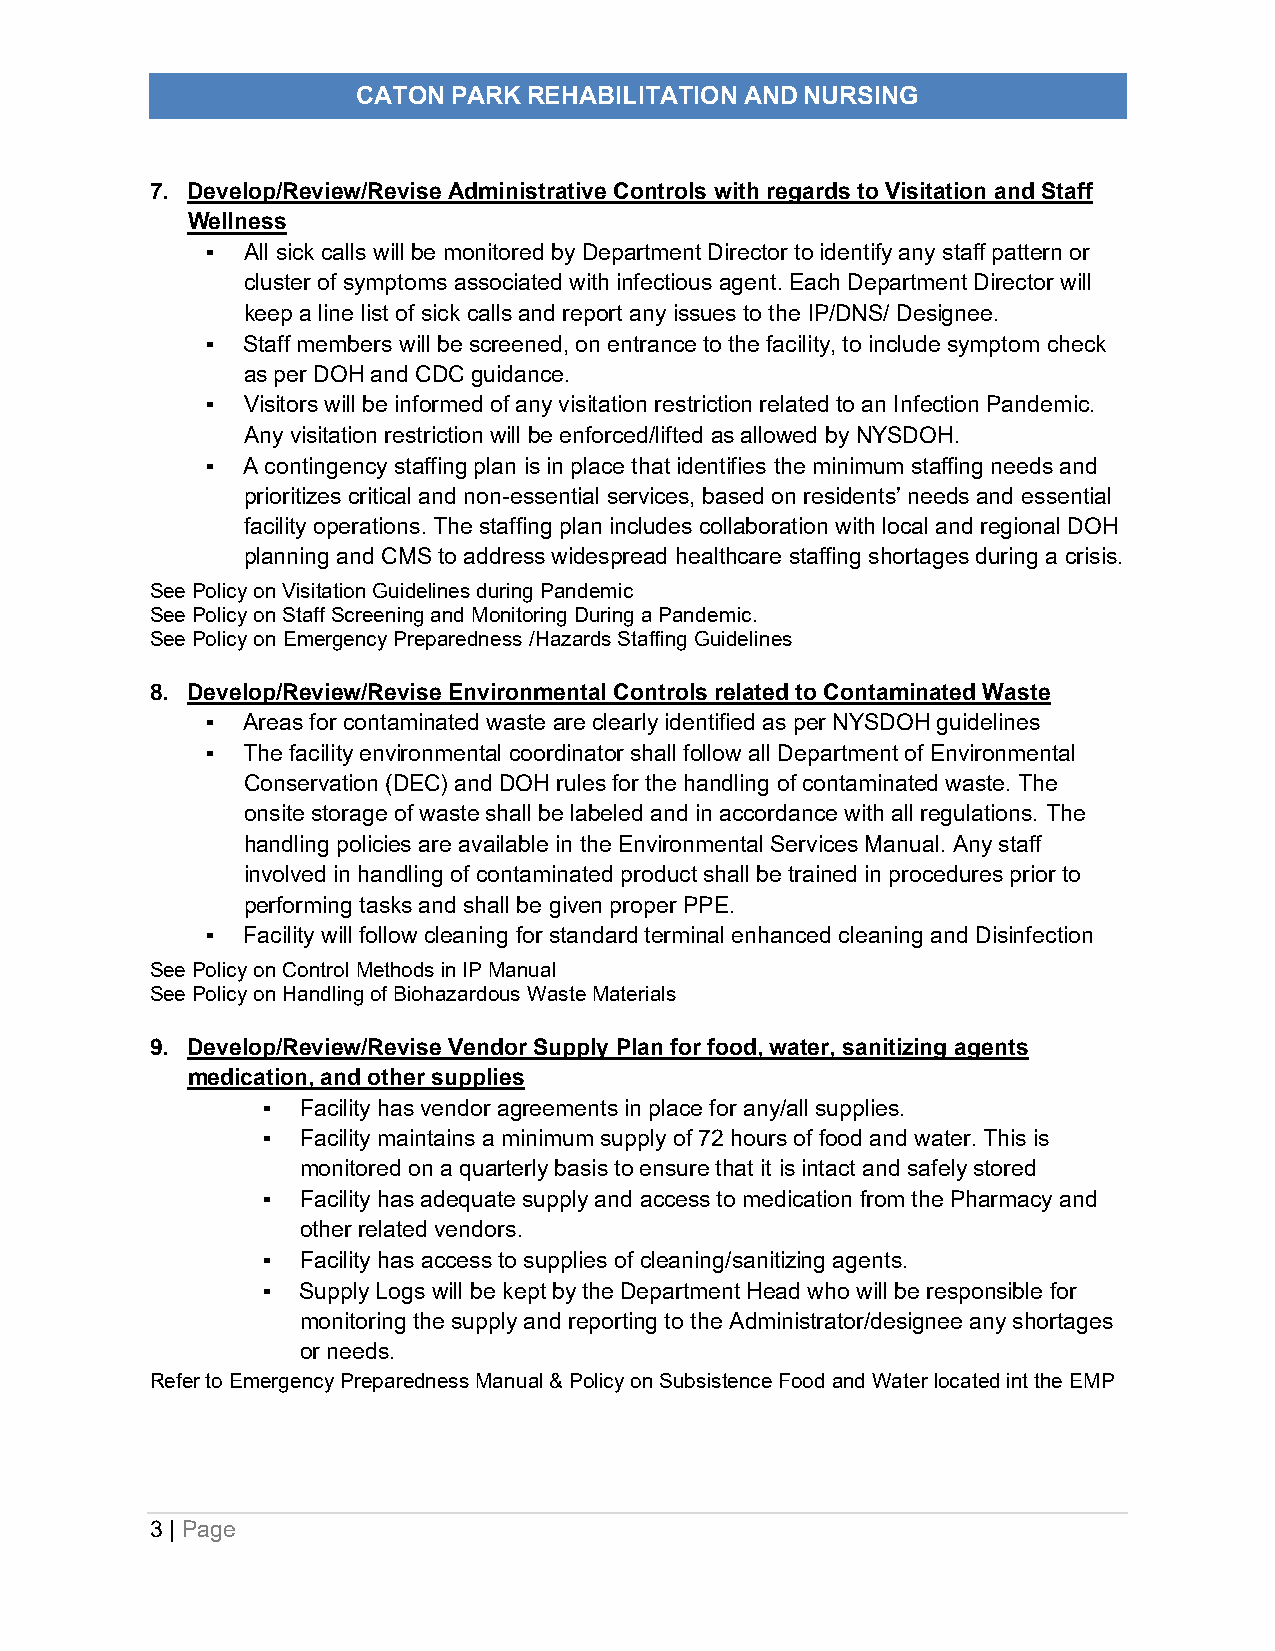
CATON PARK REHABILITATION AND NURSING
 PANDEMIC   EMERGENCY   PLAN
 7. Develop/Review/Revise Administrative Controls with regards to Visitation and Staff
 Wellness
 ▪ All sick calls will be monitored by Department Director to identify any staff pattern or
 cluster of symptoms associated with infectious agent. Each Department Director will
 keep a line list of sick calls and report any issues to the IP/DNS/ Designee.
 ▪ Staff members will be screened, on entrance to the facility, to include symptom check
 as per DOH and CDC guidance.
 ▪ Visitors will be informed of any visitation restriction related to an Infection Pandemic.
 Any visitation restriction will be enforced/lifted as allowed by NYSDOH.
 ▪ A contingency staffing plan is in place that identifies the minimum staffing needs and
 prioritizes critical and non-essential services, based on residents’ needs and essential
 facility operations. The staffing plan includes collaboration with local and regional DOH
 planning and CMS to address widespread healthcare staffing shortages during a crisis.
 See Policy on Visitation Guidelines during Pandemic
 See Policy on Staff Screening and Monitoring During a Pandemic.
 See Policy on Emergency Preparedness /Hazards Staffing Guidelines
 8. Develop/Review/Revise Environmental Controls related to Contaminated Waste
 ▪ Areas for contaminated waste are clearly identified as per NYSDOH guidelines
 ▪ The facility environmental coordinator shall follow all Department of Environmental
 Conservation (DEC) and DOH rules for the handling of contaminated waste. The
 onsite storage of waste shall be labeled and in accordance with all regulations. The
 handling policies are available in the Environmental Services Manual. Any staff
 involved in handling of contaminated product shall be trained in procedures prior to
 performing tasks and shall be given proper PPE.
 ▪ Facility will follow cleaning for standard terminal enhanced cleaning and Disinfection
 See Policy on Control Methods in IP Manual
 See Policy on Handling of Biohazardous Waste Materials
 9. Develop/Review/Revise Vendor Supply Plan for food, water, sanitizing agents
 medication, and other supplies
 ▪  Facility has vendor agreements in place for any/all supplies.
 ▪  Facility maintains a minimum supply of 72 hours of food and water. This is
 monitored on a quarterly basis to ensure that it is intact and safely stored
 ▪  Facility has adequate supply and access to medication from the Pharmacy and
 other related vendors.
 ▪  Facility has access to supplies of cleaning/sanitizing agents.
 ▪  Supply Logs will be kept by the Department Head who will be responsible for
 monitoring the supply and reporting to the Administrator/designee any shortages
 or needs.
 Refer to Emergency Preparedness Manual & Policy on Subsistence Food and Water located int the EMP
 3 | Page